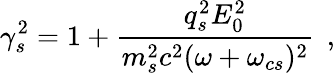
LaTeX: \gamma_{s}^{2}=1+\frac{q_{s}^{2}E_{0}^{2}}{m_{s}^{2}c^{2}(\omega+\omega_{cs})^{2}}\, \; ,